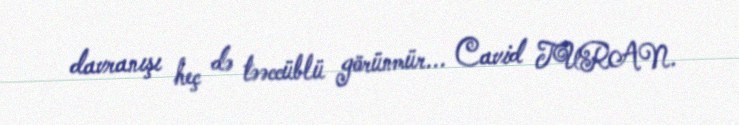
davranışı heç də təəccüblü görünmür... Cavid TURAN.